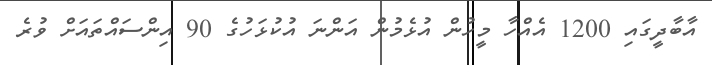
އާބާދީގައި 1200 އެއްހާ މީހުން އުޅެމުން އަންނަ އުކުޅަހުގެ 90 އިންސައްތައަށް ވުރެ